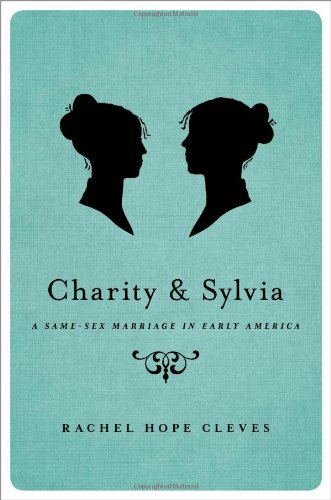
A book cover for Charity and Sylvia: A Same-Sex Marriage in Early America; Rachel Hope Cleves; Gay & Lesbian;